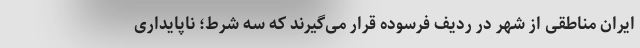
ایران مناطقی از شهر در ردیف فرسوده قرار می‌گیرند که سه شرط؛ ناپایداری